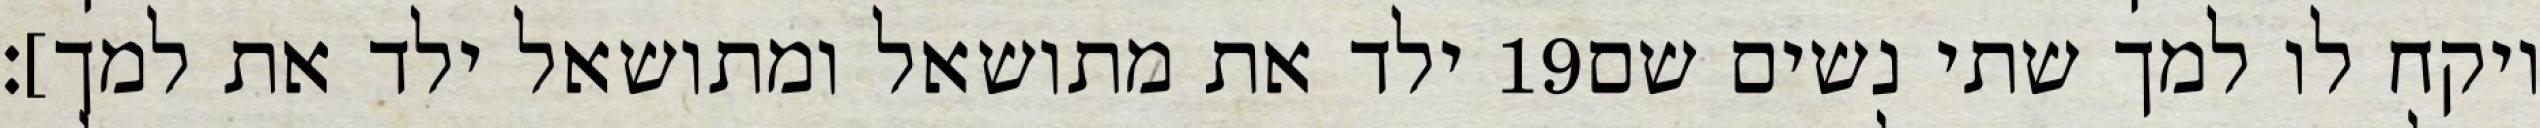
ילד את מתושאל ומתושאל ילד את למך]׃ ‎19‏ ויקח לו למך שתי נשים שם